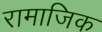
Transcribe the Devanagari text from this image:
रामाजिक